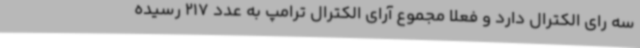
سه رای الکترال دارد و فعلا مجموع آرای الکترال ترامپ به عدد 217 رسیده